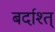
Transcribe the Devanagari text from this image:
बर्दाश्त्